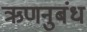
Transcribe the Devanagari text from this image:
ऋणनुबंध